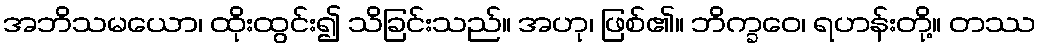
အဘိသမယော၊ ထိုးထွင်း၍ သိခြင်းသည်။ အဟု၊ ဖြစ်၏။ ဘိက္ခဝေ၊ ရဟန်းတို့။ တဿ